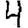
Digit: 4